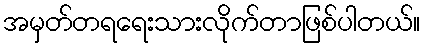
အမှတ်တရရေးသားလိုက်တာဖြစ်ပါတယ်။